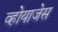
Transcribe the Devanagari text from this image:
व्होयाजेस